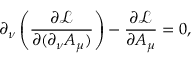
\partial _ { \nu } \left( { \frac { \partial { \mathcal { L } } } { \partial ( \partial _ { \nu } A _ { \mu } ) } } \right) - { \frac { \partial { \mathcal { L } } } { \partial A _ { \mu } } } = 0 ,